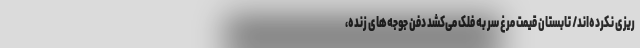
ریزی نکرده‌اند/ تابستان قیمت مرغ سر به فلک می‌کشد دفن جوجه‌های زنده،